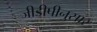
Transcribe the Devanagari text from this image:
जीडीपीनुसार